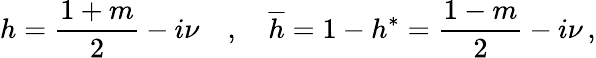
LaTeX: h=\frac{1+m}2-i\nu\quad,\quad\overline{{{h}}}=1-h^{*}=\frac{1-m}2-i\nu\, ,